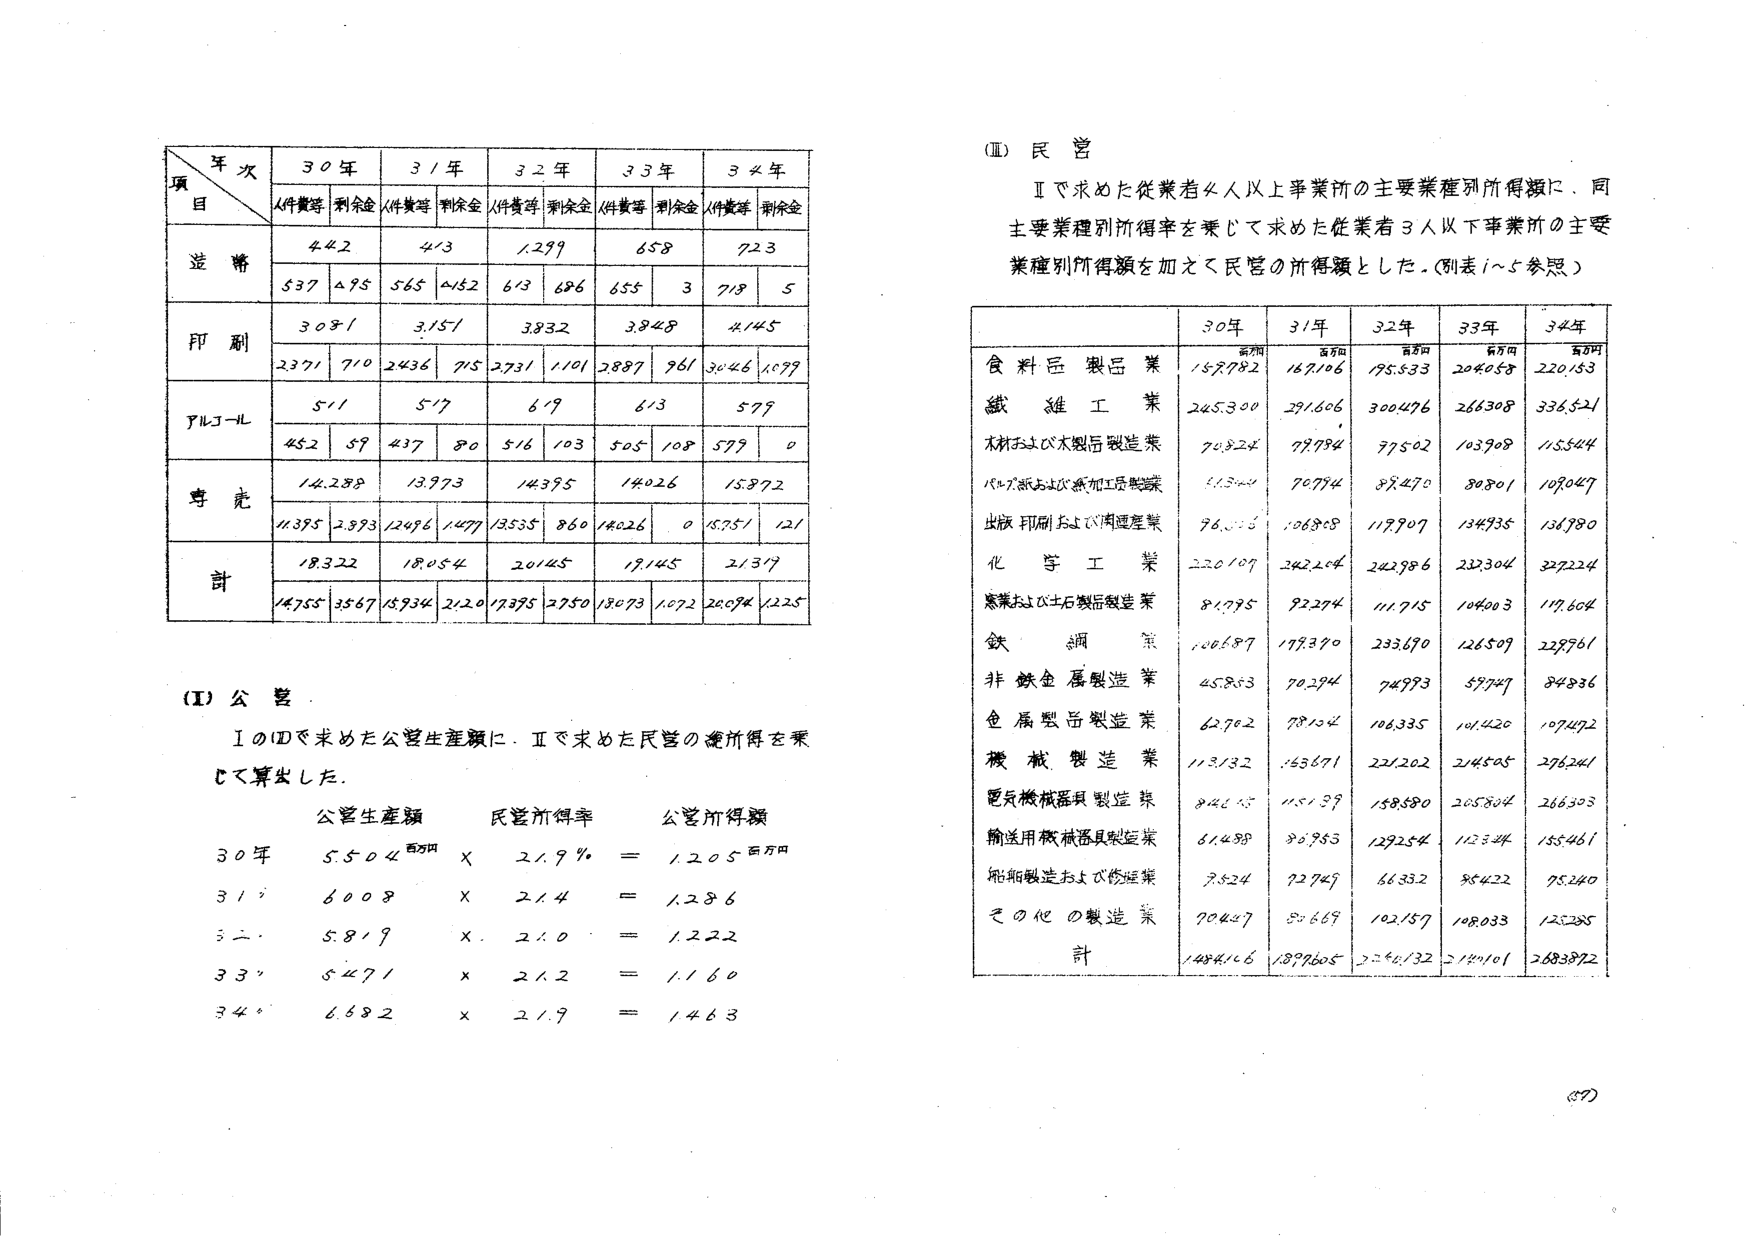
年次
項目
30年
31年
32年
33年
34年
(件数等) 剰余金
(件数等) 剰余金
(件数等) 剰余金
(件数等) 剰余金
(件数等) 剰余金
造幣
442
413
1299
658
723
537 495
565 452
613 686
655 3
718 5
印刷
3091
3151
3832
3848
4145
2371 710
2436 715
2731 1101
2887 961
3046 1079
アルコール
511
517
619
613
579
452 59
437 80
516 103
505 108
579 0
専売
14,288
13,973
14,595
14,026
15,872
11,385 2,893
12,486 1,477
13,535 860
14,026 0
15,751 121
計
18,322
18,054
20,145
19,145
21,317
14,755 3567
15,934 2120
17,375 2750
18,073 1072
20,094 1225

(Ⅰ) 公営
Ⅰの①で求めた公営生産額に、Ⅱで求めた民営の所得率を乗じて算出した。
公営生産額
民営所得率
公営所得額
30年 5,504 百万円 × 21.9% = 1,205 百万円
31年 6,008 × 21.4 = 1,286
32年 5,819 × 21.0 = 1,222
33年 5,471 × 21.2 = 1,160
34年 6,682 × 21.9 = 1,463

(Ⅱ) 民営
Ⅱで求めた従業者4人以上事業所の主要業種別所得額に、同主要業種別所得率を乗じて求めた従業者3人以下事業所の主要業種別所得額を加えて民営の所得額とした。（別表1～5参照）

30年
31年
32年
33年
34年
百万円
百万円
百万円
百万円
百万円
食料品製品業
159,782
167,106
195,533
204,058
220,153
繊維工業
245,300
291,606
300,476
266,308
336,521
木材および木製品製造業
70,824
79,784
77,502
103,908
115,544
パルプおよび紙加工品製造業
11,500
70,774
89,470
80,801
109,047
出版印刷および関連産業
96,005
106,808
119,907
134,935
136,980
化学工業
220,109
242,204
242,986
222,304
329,224
窯業および土石製品製造業
81,795
92,274
111,715
104,003
117,604
鉄鋼業
106,687
117,370
233,690
126,509
229,961
非鉄金属製造業
45,803
70,294
74,973
57,747
84,836
金属製品製造業
62,702
78,104
106,335
101,420
107,492
機械製造業
113,132
153,671
221,202
214,505
296,241
電気機械器具製造業
84,645
115,139
158,580
205,804
266,303
輸送用機械器具製造業
61,488
80,963
129,254
112,344
155,461
船舶製造および修理業
7,524
72,749
66,332
85,422
95,240
その他の製造業
90,447
80,669
102,157
108,033
125,285
計
1,484,116
1,899,605
2,246,132
2,140,101
2,683,872

(37)